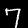
Label: 7